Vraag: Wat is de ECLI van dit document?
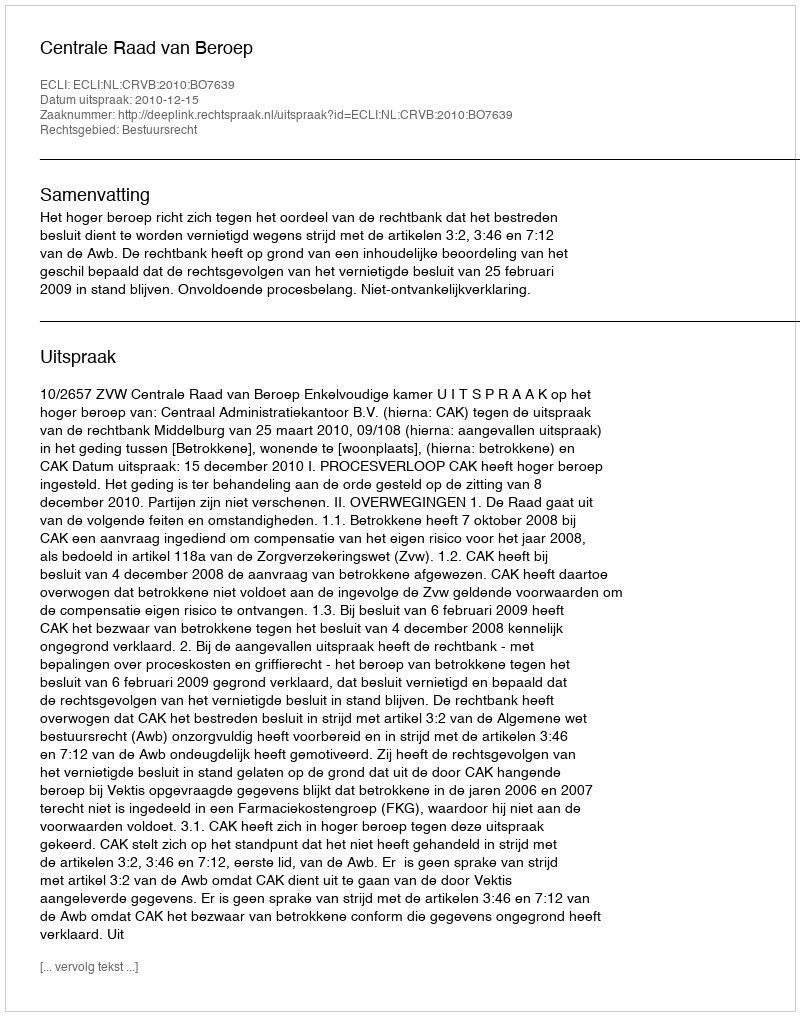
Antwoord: ECLI:NL:CRVB:2010:BO7639